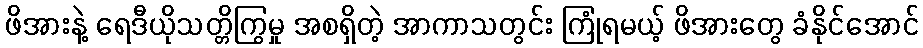
ဖိအားနဲ့ ရေဒီယိုသတ္တိကြွမှု အစရှိတဲ့ အာကာသတွင်း ကြုံရမယ့် ဖိအားတွေ ခံနိုင်အောင်